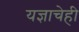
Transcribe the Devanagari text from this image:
यज्ञाचेही